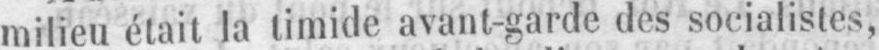
milieu était la timide avant-garde des socialistes,